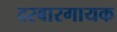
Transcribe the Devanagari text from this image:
दरबारगायक